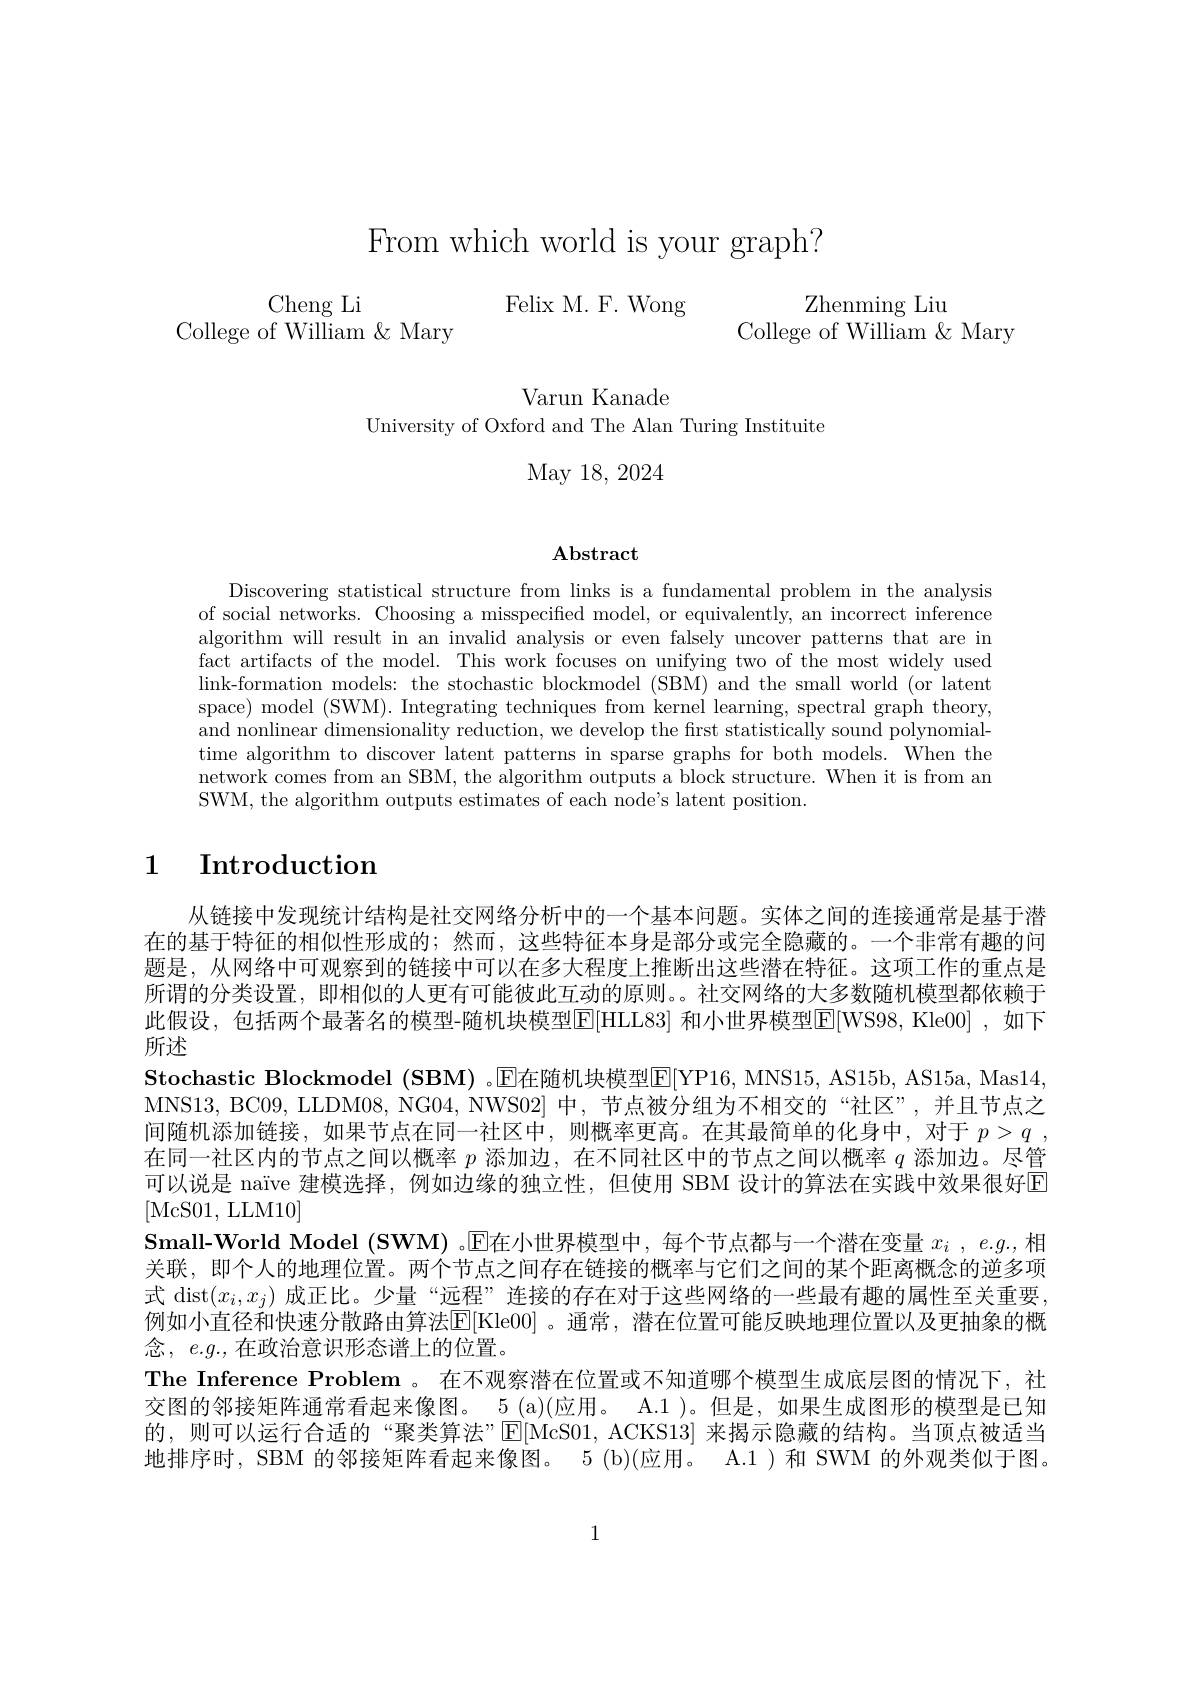
From which world is your graph?

$\begin{array}{ccc}\mathrm{Cheng~Li}&&\text{Felix M. F. Wong}&\text{Zhenming Liu}\\\mathrm{College~of~William~\&~Mary}&&&\text{College of William }\&\text{ Mary}\end{array}$

Varun Kanade
University of Oxford and The Alan Turing Instituite

May 18, 2024

$\mathbf{Abstract}$

Discovering statistical structure from links is a fundamental problem in the analysis of social networks. Choosing a misspecified model, or equivalently, an incorrect inference algorithm will result in an invalid analysis or even falsely uncover patterns that are in fact artifacts of the model. This work focuses on unifying two of the most widely used link-formation models: the stochastic blockmodel (SBM) and the small world (or latentiontion the stochastic blockmodel (SBM) and the small world (or latentiontion the stochastic blockmodek (SBM) and the small world (or latentiontiontiontiontiontiontionti space) model (SWM). Integrating techniques from kernel learning, spectral graph theory, and nonlinear dimensionality reduction, we develop the first statistically sound polynomialtime algorithm to discover latent patterns in sparse graphs for both models. When the network comes from an SBM, the algorithm outputs a block structure. When it is from an SWM, the algorithm outputs estimates of each node's latent position.

## 1 Introduction

从链接中发现统计结构是社交网络分析中的一个基本问题。实体之间的连接通常是基于潜在的基于特征的相似性形成的；然而，这些特征本身是部分或完全隐藏的。一个非常有趣的问题是，从网络中可观察到的链接中可以在多大程度上推断出这些潜在特征。这项工作的重点是所谓的分类设置，即相似的人更有可能彼此互动的原则。。社交网络的大多数随机模型都依赖于此假设，包括两个最著名的模型-随机块模型$\overline{\mathrm{E}}[$HLL83] 和小世界模型$\overline{\mathrm{E}}[$WS98, Kle00] ,如下所述
Stochastic Blockmodel (SBM) 。$\mathbb{E}$在随机块模型E[YP16, MNS15, AS15b, AS15a, Mas14, MNS13, BC09, LLDM08, NG04, NWS02] 中，节点被分组为不相交的“社区”,并且节点之间随机添加链接，如果节点在同一社区中，则概率更高。在其最简单的化身中，对于$p> q$ , 在同一社区内的节点之间以概率$p$添加边，在不同社区中的节点之间以概率$q$添加边。尽管可以说是 naïve 建模选择，例如边缘的独立性，但使用 SBM 设计的算法在实践中效果很好E [McS01,LLM10]
Small-World Model (SWM) 。$\overline{\mathrm{E}}$在小世界模型中，每个节点都与一个潜在变量 $x_i$ , e. g. , $相$ 关联，即个人的地理位置。两个节点之间存在链接的概率与它们之间的某个距离概念的逆多项式dist$( x_i, x_j)$成正比。少量“远程”连接的存在对于这些网络的一些最有趣的属性至关重要例如小直径和快速分散路由算法[E[Kle00] 。通常，潜在位置可能反映地理位置以及更抽象的概念，$e.g.$,在政治意识形态谱上的位置。
The Inference Problem 。在不观察潜在位置或不知道哪个模型生成底层图的情况下，社交图的邻接矩阵通常看起来像图。5 (a)(应用。A.1 )。但是，如果生成图形的模型是已知的，则可以运行合适的“聚类算法”E[McS01,ACKS13] 来揭示隐藏的结构。当顶点被适当地排序时，SBM 的邻接矩阵看起来像图。5 (b)(应用。A.1 )和 SWM 的外观类似于图。

1